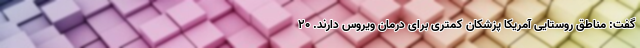
گفت: مناطق روستایی آمریکا پزشکان کمتری برای درمان ویروس دارند. 20